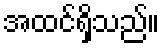
အထင်ရှိသည်။